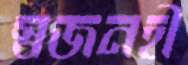
স্বজনহী